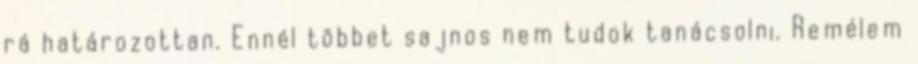
rá határozottan. Ennél többet sajnos nem tudok tanácsolni. Remélem